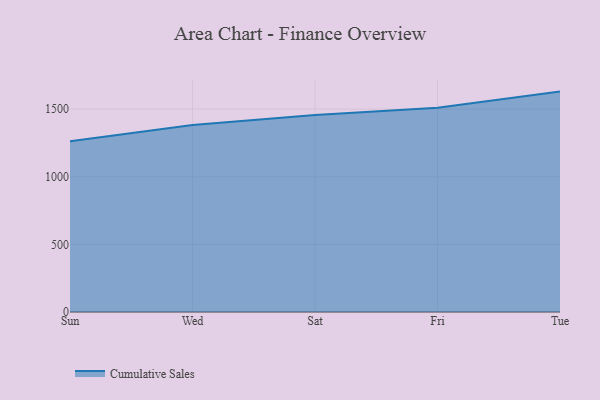
{"axis": {"x": "Day", "y": "Shipments"}, "legend": ["Cumulative Sales"], "data": [{"x": "Sun", "y": 1262.1, "type": "Cumulative Sales"}, {"x": "Wed", "y": 1382.1, "type": "Cumulative Sales"}, {"x": "Sat", "y": 1456.9, "type": "Cumulative Sales"}, {"x": "Fri", "y": 1509.9, "type": "Cumulative Sales"}, {"x": "Tue", "y": 1629.4, "type": "Cumulative Sales"}]}